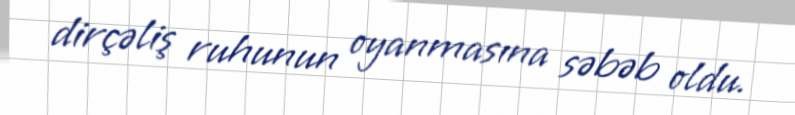
dirçəliş ruhunun oyanmasına səbəb oldu.